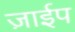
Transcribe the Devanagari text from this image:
ज़ाईप